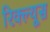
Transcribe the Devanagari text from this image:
रिक्ल्यूस